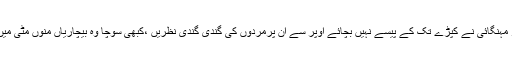
ایک طرف غربت اور مہنگائی نے کپڑے تک کے پیسے نہیں بچائے اوپر سے ان پرمردوں کی گندی گندی نظریں ،کبھی سوچا وہ بیچاریاں منوں مٹی میں دھنس جاتی ہوں گی۔